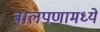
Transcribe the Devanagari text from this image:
बालपणामध्ये